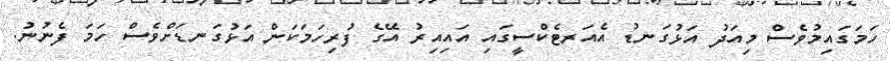
ހަމަގައިމުވެސް މިއަދު އަޅުގަނޑު އެއަރޓެކްސީގައި އައިއިރު އޭގެ ފުރިހަމަކަން އަޅުގަނޑަށްވެސް ހަމަ ފެނުނު.